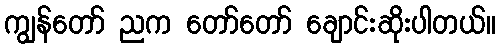
ကျွန်တော် ညက တော်တော် ချောင်းဆိုးပါတယ်။